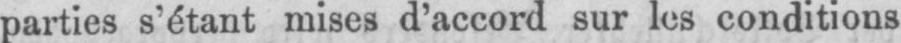
parties s’étant mises d’accord sur les conditions